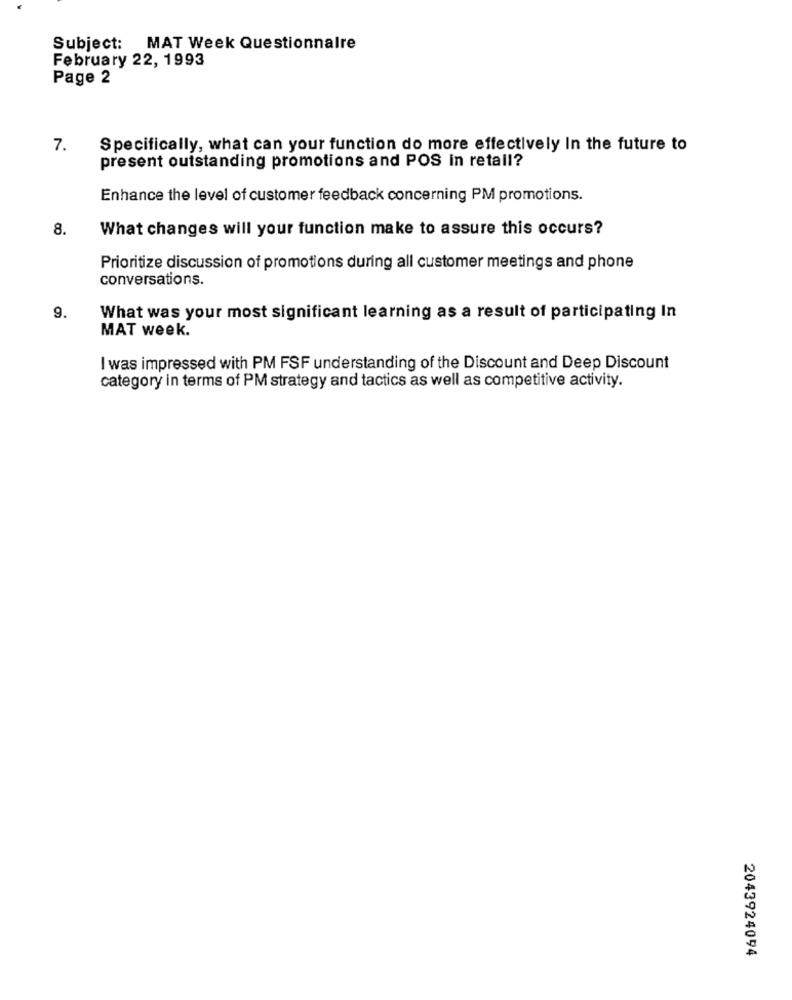
Subject: MAT Week Questionnaire
February 22, 1993
Page 2
7.
Specifically, what can your function do more effectively In the future to
present outstanding promotions and POS in retail?
Enhance the level of customer feedback concerning PM promotions.
8.
What changes will your function make to assure this occurs?
Prioritize discussion of promotions during all customer meetings and phone
conversations.
9.
What was your most significant learning as a result of participating In
MAT week.
I was impressed with PM FSF understanding of the Discount and Deep Discount
category in terms of PM strategy and tactics as well as competitive activity.
2043924094